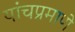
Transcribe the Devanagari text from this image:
यांचप्रमाणे